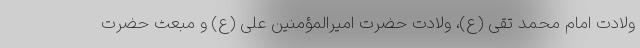
ولادت امام محمد تقی (ع)، ولادت حضرت امیرالمؤمنین علی (ع) و مبعث حضرت